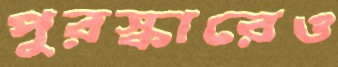
পুরস্কারেও